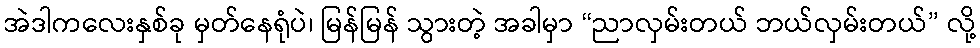
အဲဒါကလေးနှစ်ခု မှတ်နေရုံပဲ၊ မြန်မြန် သွားတဲ့ အခါမှာ “ညာလှမ်းတယ် ဘယ်လှမ်းတယ်” လို့